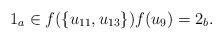
LaTeX: \begin{align*}1_a \in f(\{u_{11},u_{13}\}) f(u_{9}) = 2_b.\end{align*}